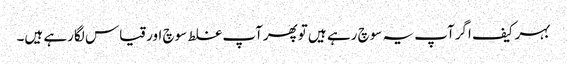
بہرکیف اگرآپ یہ سوچ رہے ہیں توپھرآپ غلط سوچ اورقیاس لگارہے ہیں۔